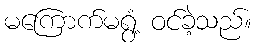
မကြောက်မရွံ့ ဝင်ခဲ့သည်။